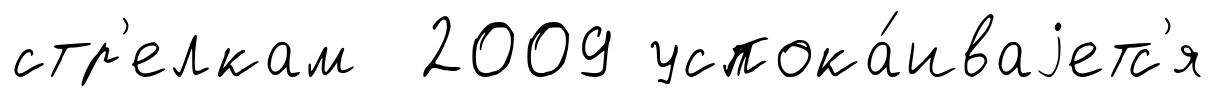
стр'елкам 2009 успока́иваjетс'я